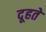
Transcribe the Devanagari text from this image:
दूहते